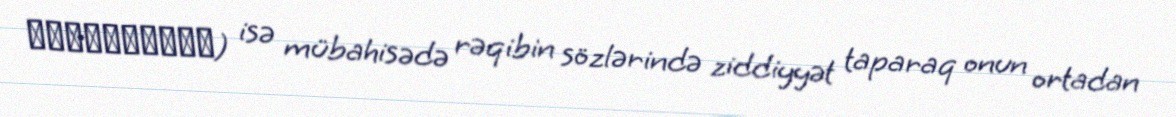
διαλεκτική) isə mübahisədə rəqibin sözlərində ziddiyyət taparaq onun ortadan